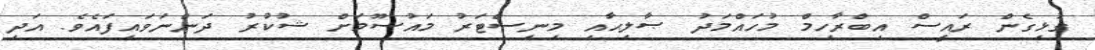
ގުޅިގެން ރައީސް އިބްރާހިމް މުހައްމަދު ޞާލިޙާއި މިނިސްޓަރު މައުސޫމަށް ޝުކުރު ދަންނަވައިފައެވެ. އަދި